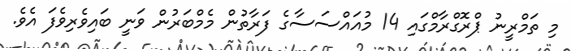
މި ތަމްރީނު ޕްރޮގްރާމްގައި 14 މުއައްސަސާގެ ފަރާތުން މެމްބަރުން ވަނީ ބައިވެރިވެފަ އެވެ.